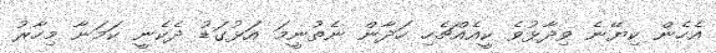
އެހެން ކިޔޭނެ ވިދާޅުވެ ކީއެއްޗެހި ހަދާން ނެތުނީމަ އަޅުގަޑު ދެކެނީ ކަމަނާ މިހާރު